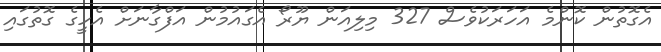
އެގޮތުން ކޮންމެ އަހަރަކުވެސް 327 މިލިއަން ޔޫރޯ އެގައުމުން އަފްގާނަށް އެހީގެ ގޮތުގައި